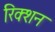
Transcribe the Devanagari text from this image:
रिक्शन